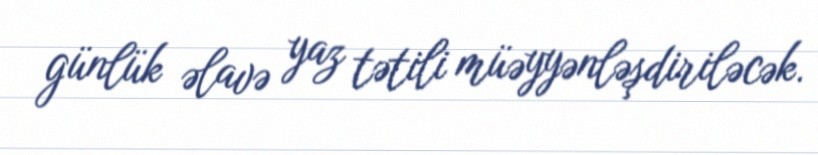
günlük əlavə yaz tətili müəyyənləşdiriləcək.